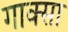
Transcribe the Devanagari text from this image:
गाक्सा